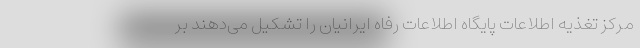
مرکز تغذیه اطلاعات پایگاه اطلاعات رفاه ایرانیان را تشکیل می‌دهند بر